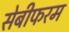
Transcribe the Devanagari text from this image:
सेबीफरम